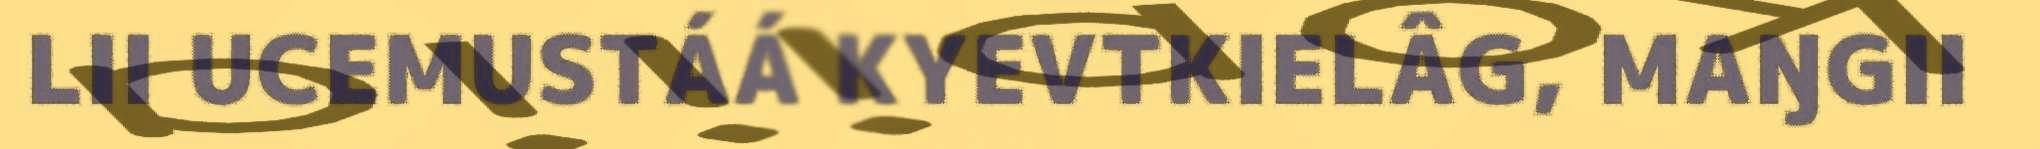
LII UCEMUSTÁÁ KYEVTKIELÂG, MAŊGII